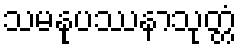
သမနုပဿနာသုတ္တံ